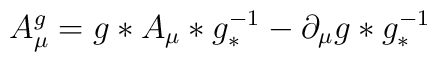
A_{\mu }^{g}=g\ast A_{\mu }\ast g_{\ast }^{-1}-\partial _{\mu }g\ast g_{\ast}^{-1}